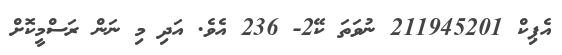
އެޕިކް 211945201 ނުވަތަ ކޭ2- 236 އެވެ. އަދި މި ނަން ރަސްމީކޮށް